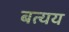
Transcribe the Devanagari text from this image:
बत्यय